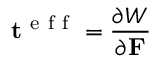
\mathbf { t } ^ { \mathrm { ~ e ~ f ~ f ~ } } = \frac { \partial W } { \partial \mathbf { F } }